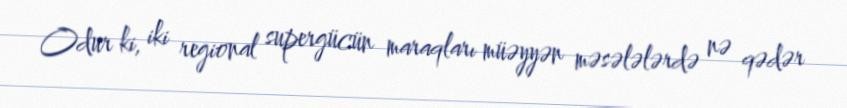
Odur ki, iki regional supergücün maraqları müəyyən məsələlərdə nə qədər